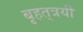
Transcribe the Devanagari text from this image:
बृहत्‌त्रयी